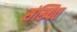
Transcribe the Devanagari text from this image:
संख्यित